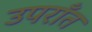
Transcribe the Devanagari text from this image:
उपराँत